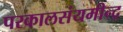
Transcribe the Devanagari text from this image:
परकालसंयमीन्द्र